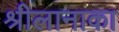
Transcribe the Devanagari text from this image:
श्रीलानाका